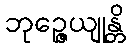
ဘုဉ္ဇေယျုန္တိ